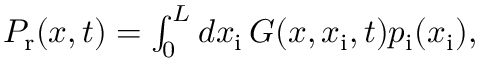
\begin{array} { r } { P _ { \mathrm { r } } ( x , t ) = \int _ { 0 } ^ { L } d x _ { \mathrm { i } } \, G ( x , x _ { \mathrm { i } } , t ) p _ { \mathrm { i } } ( x _ { \mathrm { i } } ) , } \end{array}